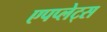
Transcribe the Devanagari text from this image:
एपप्लेट्स